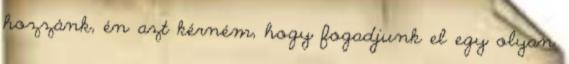
hozzánk, én azt kérném, hogy fogadjunk el egy olyan